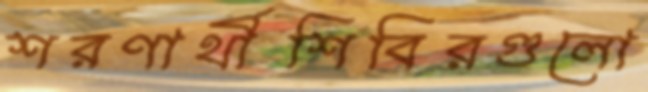
শরণার্থীশিবিরগুলো